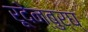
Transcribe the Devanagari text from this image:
रूदेन्बुर्घ्